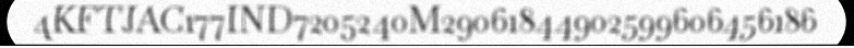
4KFTJAC177IND7205240M29061844902599606456186